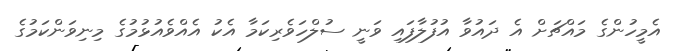
އެމީހުންގެ މައްޗަށް އެ ދައުވާ އުފުލާފައި ވަނީ ސުލްހަވެރިކަމާ އެކު އެއްވެއުޅުމުގެ މިނިވަންކަމުގެ